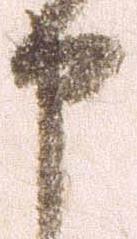
申